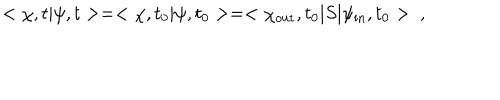
< \chi , t | \psi , t > = < \chi , t _ { 0 } | \psi , t _ { 0 } > = < \chi _ { \mathrm { o u t } } , t _ { 0 } | S | \psi _ { \mathrm { i n } } , t _ { 0 } > \ ,